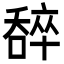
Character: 𠾹